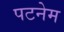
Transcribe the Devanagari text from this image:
पटनेम